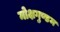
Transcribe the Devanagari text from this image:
मोक्षगुण्डम